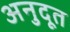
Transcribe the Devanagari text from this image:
अनुदूत